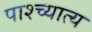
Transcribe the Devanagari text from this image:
पाश्च्यात्य